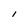
Character: 1